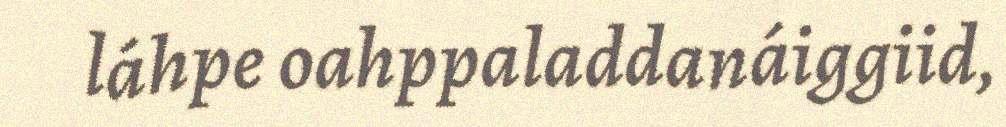
láhpe oahppaladdanáiggiid,